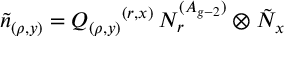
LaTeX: \tilde { n } _ { ( \rho , y ) } = Q _ { ( \rho , y ) } { } ^ { ( r , x ) } \, N _ { r } ^ { ( A _ { g - 2 } ) } \otimes \tilde { N } _ { x }